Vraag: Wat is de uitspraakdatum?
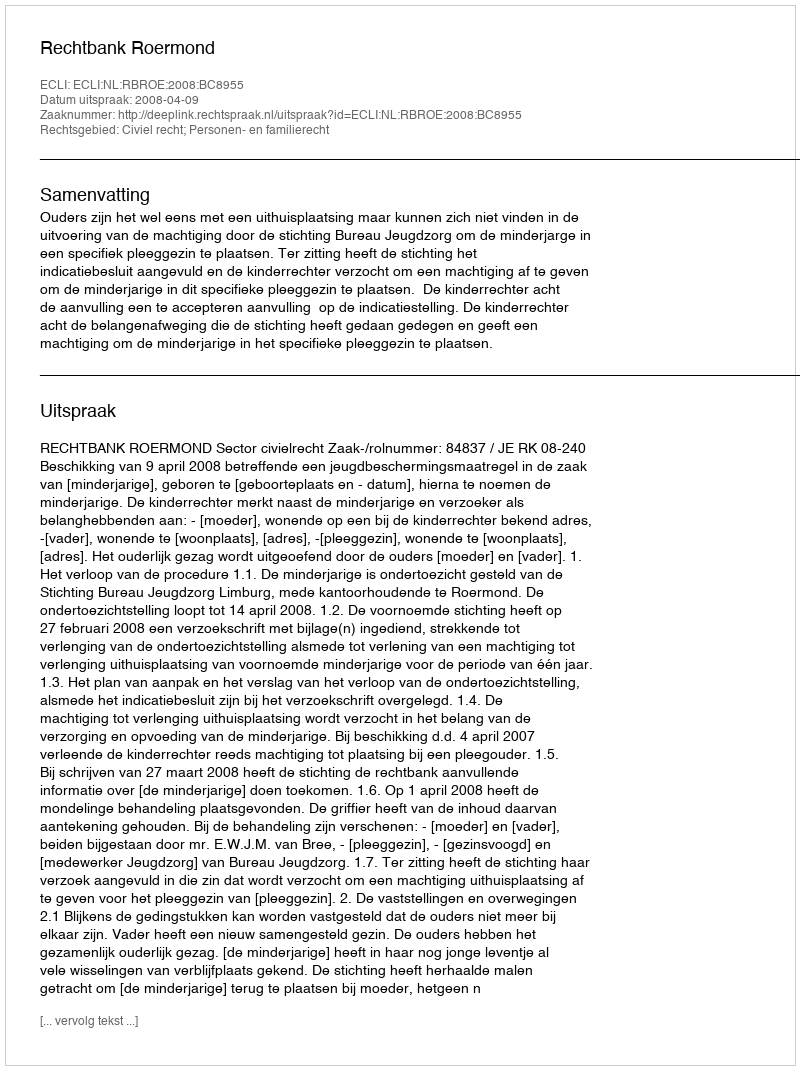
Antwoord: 2008-04-09